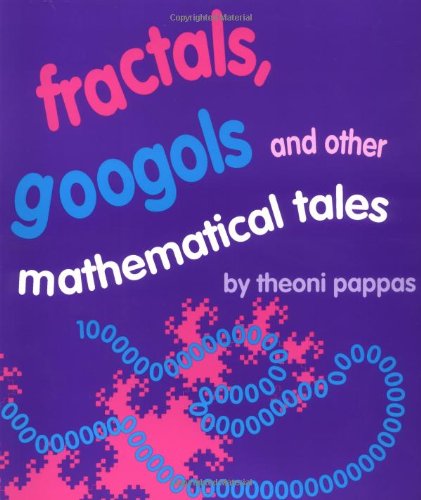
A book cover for Fractals, Googols, and Other Mathematical Tales; Theoni Pappas; Science & Math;